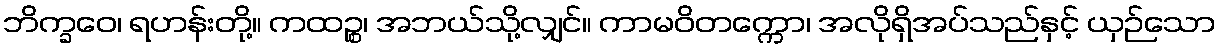
ဘိက္ခဝေ၊ ရဟန်းတို့။ ကထဉ္စ၊ အဘယ်သို့လျှင်။ ကာမဝိတက္ကော၊ အလိုရှိအပ်သည်နှင့် ယှဉ်သော